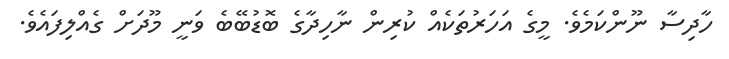
ހާދިސާ ނޫންކަމެވެ. މީގެ އަހަރުތަކެއް ކުރިން ނާހިދާގެ ބޮޑުބޭބެ ވަނީ މޫދަށް ގެއްލިފައެވެ.